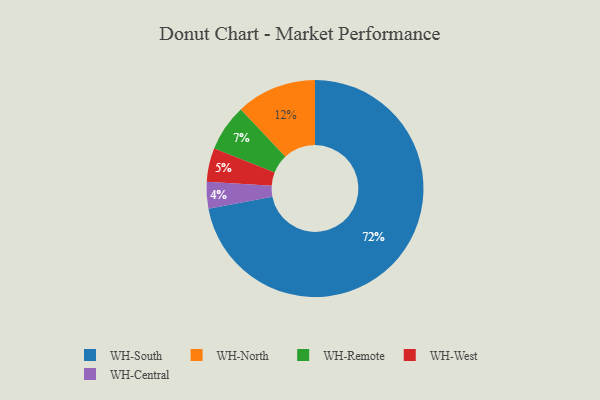
{"axis": {"x": "Category", "y": "Percentage"}, "legend": ["WH-Central", "WH-North", "WH-Remote", "WH-South", "WH-West"], "data": [{"x": "WH-Central", "y": 4, "type": "WH-Central"}, {"x": "WH-Remote", "y": 7, "type": "WH-Remote"}, {"x": "WH-West", "y": 5, "type": "WH-West"}, {"x": "WH-North", "y": 12, "type": "WH-North"}, {"x": "WH-South", "y": 72, "type": "WH-South"}]}